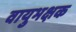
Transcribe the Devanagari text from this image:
वायुभक्षक